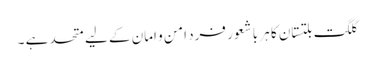
گلگت بلتستان کا ہر با شعور فرد امن و امان کے لیے متحد ہے ۔